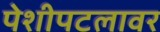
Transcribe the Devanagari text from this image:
पेशीपटलावर